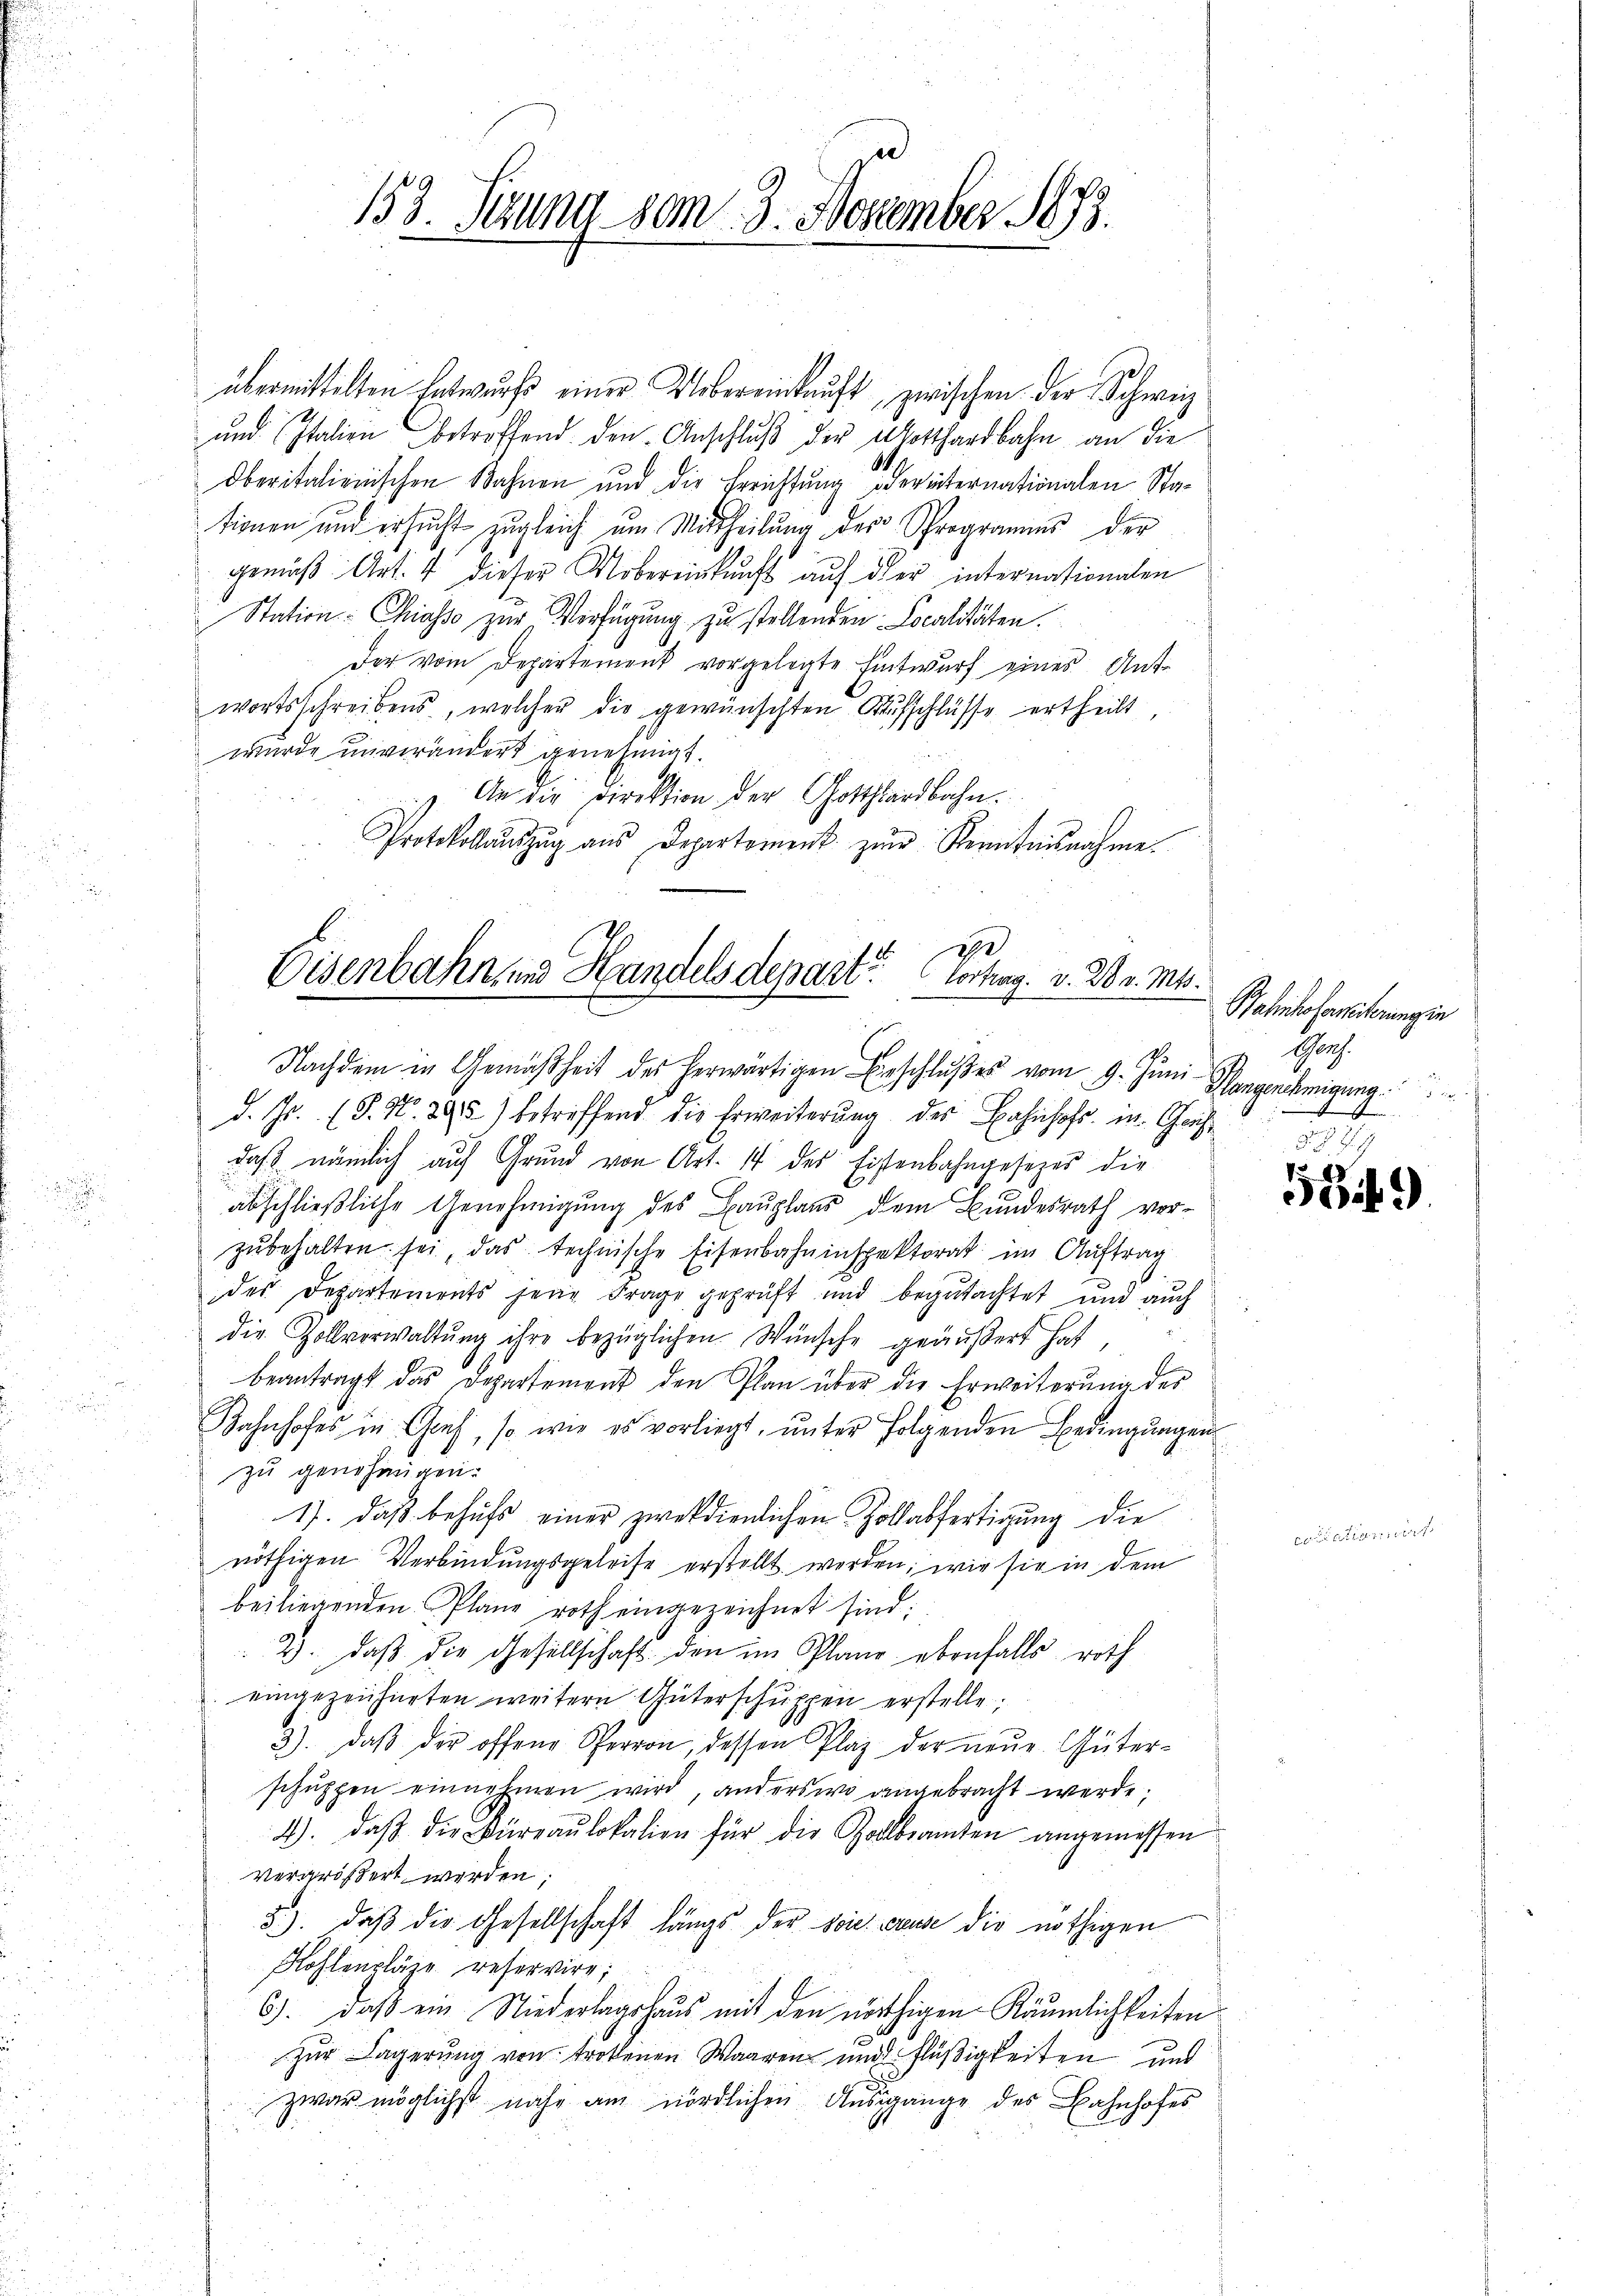
153. Stund vom 3. November 1873.

übermittelten Entwurfs einer Uebereinkauft, zwischen der Schweiz
und Italien betreffend. Den Anschluß der Gotthardbahn an die
Oberitalienischen Bahnen und die Errichtung dereiternationalen Stationen und ersucht zugleich um Mittheilung des Sprogramms der
gemäß Art. 4 dieser Mobereinkunft auf der internationalen
Station Chiasso zur Verfügung zu stellenden Localitäten.
Der vom Departement vorgelegte Entwurf eines Antwortsschreibens, welcher die gewünschten Aufschlüsse ertheilt
wurde unverändert genehmigt.
An die Direktion der Gotthardbahn.
Protokollaŭszŭg aŭs Departement zŭm Kenntnisnahme.

2
Eisenbahn und Handelsdepart. Vortrag. v. 28. v. Mts.
Nachdem in Gemäßheit des herwärtigen Beschlŭβes vom 9. Juni.

d. Js. (T. No. 295) betreffend die Erweiterŭng der Bahnhofs in Chris
daß nämlich auf Grund von Art. 14 des Eisenbahngesezes die
abschließliche Genehmigung des Bauplaus dem Bundesrath vorzŭbehalten sei, das technische Eisenbahninspektorat im Auftrag
des Departements jenig Frage geprüft und begutachtet und auch
die Zollverwaltung ihre bezüglichen Wünsche geäußert hat
beantragt das Departement den Plan über die Erweiterŭng des
Bahnhofes in Graf, so wie es vorliegt, unter folgenden Bedingungen
zu genehmigen.
1). Daß behufs einer zweckdienlichen Zollabfertigung die
nöthigen Verbindungsgeleise erstellt werden, wie sie in dem
beiliegenden Plane roth eingezeichnet sind:
2. daβ die Gesellschaft den im Plane ebenfalls roth
eingezeichneten weitere Güterschuppen erstelle.
3). daβ der offene Perron, dessen Plaz der neue Güter-
schŭppen einnehmen wird, anderswo angebracht werde;
4). daβ die Büreaŭlokalien für die Zollbeamten angemessen
vergrößert werden
5). daβ die Gesellschaft längs der sie weise die nöthigen
Kohlenpläge reservire;
6). Daß ein Niederlagshaus mit den nöthigen Räumlichkeiten
zur Lagerung von trottenen Waaren und Flüßigkeiten und
zwar möglichst nahe am nördlichen Ausgange des Bahnhofes

Bahnhofereiterung in
Prof.
Hlangenehmigung
denen |
d.

534)